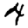
Digit: 4